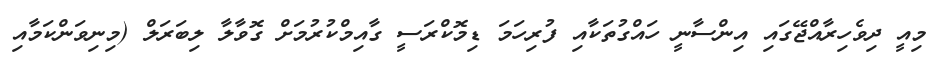
މިއީ ދިވެހިރާއްޖޭގައި އިންސާނީ ހައްގުތަކާއި ފުރިހަމަ ޑިމޮކްރަސީ ގާއިމްކުރުމަށް ގޮވާލާ ލިބަރަލް (މިނިވަންކަމާއި